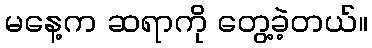
မနေ့က ဆရာကို တွေ့ခဲ့တယ်။